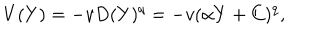
V ( Y ) = - v D ( Y ) ^ { q } = - v ( \alpha Y + C ) ^ { q } ,